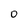
Character: O